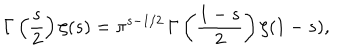
LaTeX: \Gamma \left( \frac { s } { 2 } \right) \zeta ( s ) = \pi ^ { s - 1 / 2 } \, \Gamma \left( \frac { 1 - s } { 2 } \right) \zeta ( 1 - s ) ,